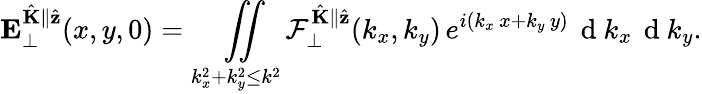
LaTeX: \mathbf{E}_{\perp}^{\hat{\mathbf{K}}\parallel\hat{\mathbf{z}}}(x,y,0)=\underset{k_{x}^{2}+k_{y}^{2}\leq k^{2}}{\iint}\mathcal{F}_{\perp}^{\hat{\mathbf{K}}\parallel\hat{\mathbf{z}}}(k_{x},k_{y})\, e^{i(k_{x}\, x+k_{y}\, y)}\, \mathrm{~d~}k_{x}\, \mathrm{~d~}k_{y}.